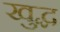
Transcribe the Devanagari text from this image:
खुद्ध